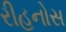
રીહનોસ